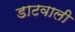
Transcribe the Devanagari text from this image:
डाटवाली